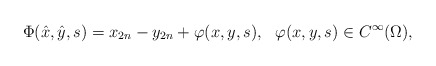
\begin{align*}\Phi(\hat x,\hat y,s)=x_{2n}-y_{2n}+\varphi(x,y,s),\ \ \varphi(x,y,s)\in C^\infty(\Omega),\end{align*}